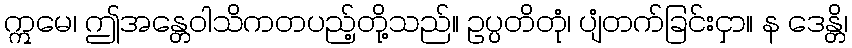
ဣမေ၊ ဤအန္တေဝါသိကတပည့်တို့သည်။ ဥပ္ပတိတုံ၊ ပျံတက်ခြင်းငှာ။ န ဒေန္တိ၊